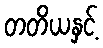
တတိယနှင့်